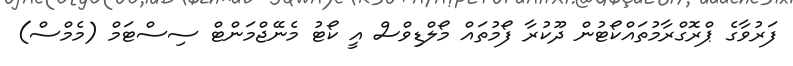
ފަރުވާގެ ޕްރޮގްރާމުތައްކޯޓުން ދޫކުރާ ފޯމުތައް މޯލްޑިވްސް އީ ކޯޓު މެނޭޖްމަންޓް ސިސްޓަމް (މެމްސް)